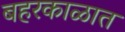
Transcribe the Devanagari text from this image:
बहरकाळात